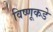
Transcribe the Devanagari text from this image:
विष्णूकडे